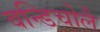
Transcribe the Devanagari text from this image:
वन्डिचोलै